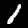
Digit: 1